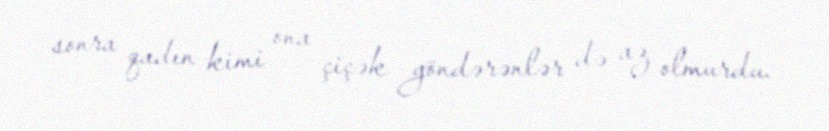
sonra qadın kimi ona çiçək göndərənlər də az olmurdu.